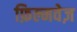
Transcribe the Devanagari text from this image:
फ़िल्मवेज़